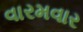
વારમવાર